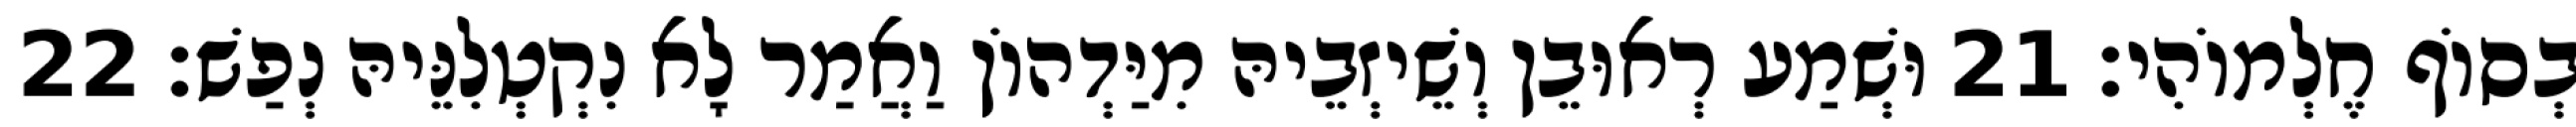
בְסוֹף חֶלְמוֹהִי׃ 21 וּשְׁמַע רְאוּבֵן וְשֵׁיזְבֵיהּ מִיַּדְהוֹן וַאֲמַר לָא נִקְטְלִנֵּיהּ נְפַשׁ׃ 22